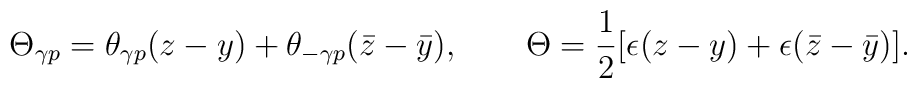
\Theta_{\gamma p}=\theta_{\gamma p}(z-y)+\theta_{-\gamma p}(\bar z-\bar y),~~~~~~\Theta = \frac{1}{2}[\epsilon(z-y)+\epsilon(\bar z-\bar y)].